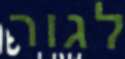
לגור